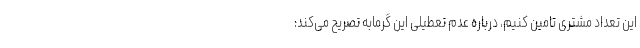
این تعداد مشتری تامین کنیم، درباره عدم تعطیلی این گرمابه تصریح می‌کند: